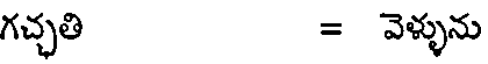
గచ్చతి = వెళ్ళును